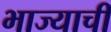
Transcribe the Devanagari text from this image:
भाज्याची